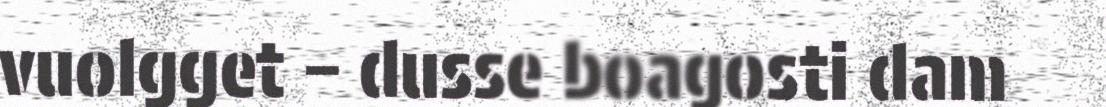
vuolgget – dusse boagosti dam